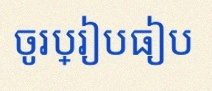
ចូរប្រៀបធៀប